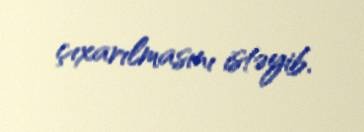
çıxarılmasını istəyib.